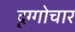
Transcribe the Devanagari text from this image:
दृग्गोचार